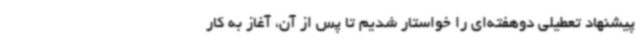
پیشنهاد تعطیلی دوهفته‌ای را خواستار شدیم تا پس از آن، آغاز به کار